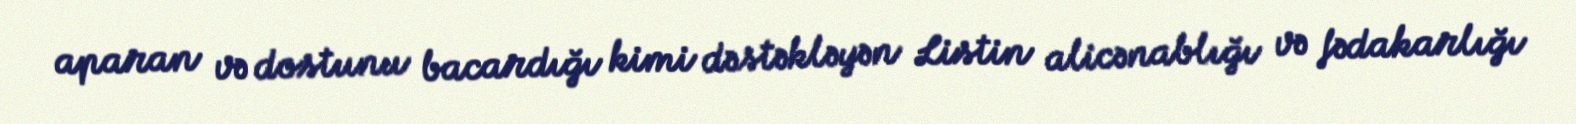
aparan və dostunu bacardığı kimi dəstəkləyən Listin alicənablığı və fədakarlığı